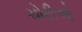
ચોરીઓ